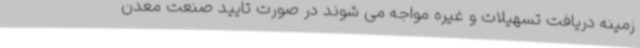
زمینه دریافت تسهیلات و غیره مواجه می شوند در صورت تایید صنعت معدن